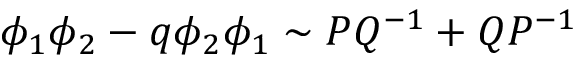
\phi _ { 1 } \phi _ { 2 } - q \phi _ { 2 } \phi _ { 1 } \sim P Q ^ { - 1 } + Q P ^ { - 1 }